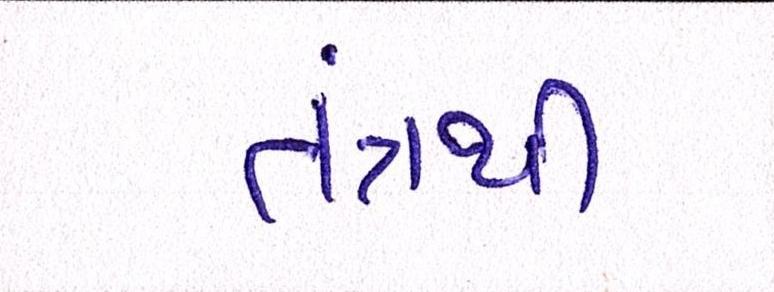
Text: તંત્રની